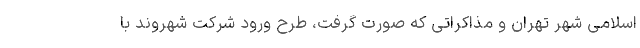
اسلامی شهر تهران و مذاکراتی که صورت گرفت، طرح ورود شرکت شهروند با